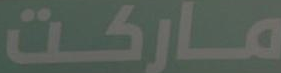
ماركت